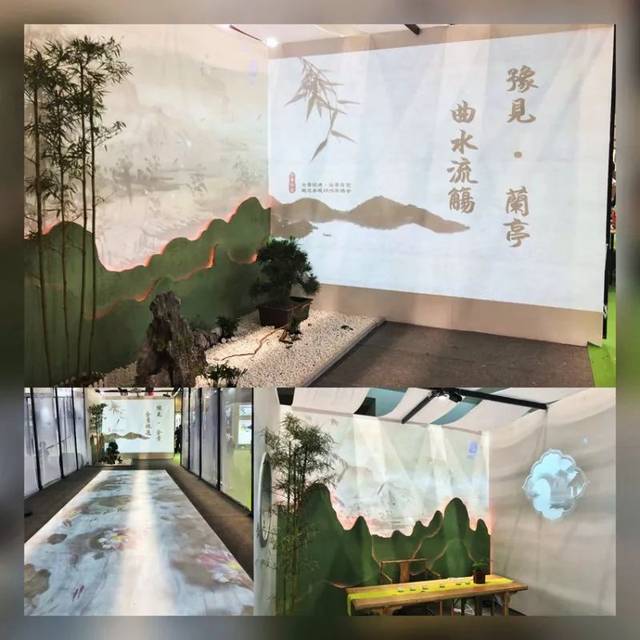
琴里知闻唯渌水，茶中故旧是蒙山。